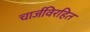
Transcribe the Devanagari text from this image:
चार्जविरहित